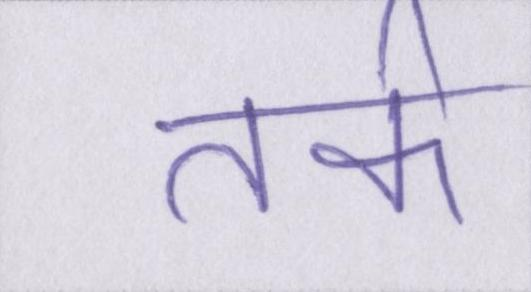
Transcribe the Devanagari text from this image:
तर्क